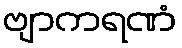
ဗျာကရဏံ